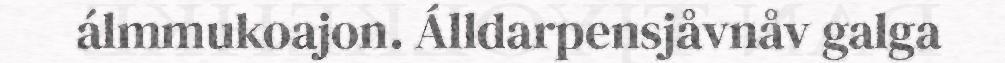
álmmukoajon. Álldarpensjåvnåv galga